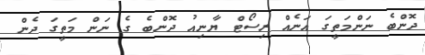
ދޮންބެ ނަންމަތީގަ އަނެއް ރިސޯޓް ޔާނިއު ދޮންބެ ގެ ނަން މަތީގަ ދެން